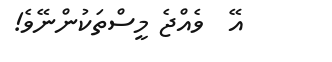
އޭ  ވެއްޖެ މީސްތަކުންނޭވެ!